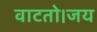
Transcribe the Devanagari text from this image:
वाटतो।जय